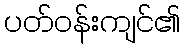
ပတ်ဝန်းကျင်၏